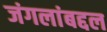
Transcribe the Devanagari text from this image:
जंगलांबद्दल